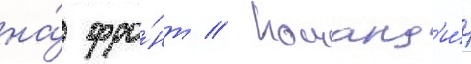
на́ фро́нт // Команд'и́р